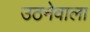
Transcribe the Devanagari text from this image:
उठनेवाला